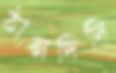
ঠানদিদি